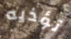
تؤذيه